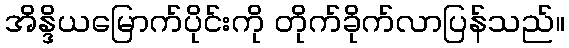
အိန္ဒိယမြောက်ပိုင်းကို တိုက်ခိုက်လာပြန်သည်။